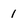
Character: 1